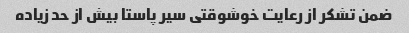
ضمن تشکر از رعایت خوشوقتی سیر پاستا بیش از حد زیاده